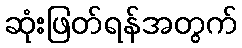
ဆုံးဖြတ်ရန်အတွက်